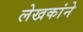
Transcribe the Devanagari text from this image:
लेखकांने